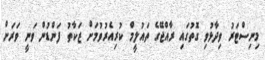
މިނިސްޓަރު ވިދާޅުވި ގޮތުގައި ރާއްޖޭގެ ތައުލީމް ކުރިއެރުވުމަށް ޒަކާތު ފަންޑުން ވަނީ ވަރަށް